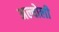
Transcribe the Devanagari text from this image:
अल्वोली